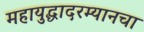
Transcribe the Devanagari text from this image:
महायुद्धादरम्यानचा